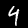
Digit: 4